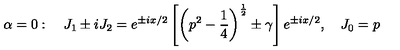
\alpha = 0 : \quad J _ { 1 } \pm i J _ { 2 } = e ^ { \pm i x / 2 } \left[ \left( p ^ { 2 } - \frac 1 4 \right) ^ { \frac 1 2 } \pm \gamma \right] e ^ { \pm i x / 2 } , \quad J _ { 0 } = p